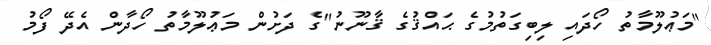
"މަޢުލޫމާތު ހޯދައި ލިބިގަތުމުގެ ޙައްޤުގެ ޤާނޫނު"ގެ ދަށުން މަޢުލޫމާތު ހޯދާން އެދޭ ފޯމު